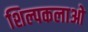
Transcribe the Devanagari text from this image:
शिल्पकलाओ